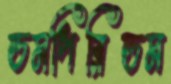
ডমপিরিডম